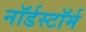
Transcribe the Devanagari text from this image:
नॉर्डस्टॉर्म